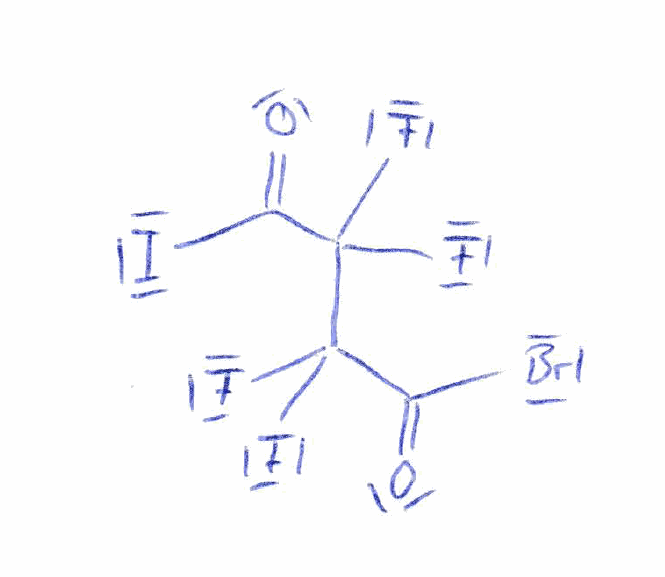
Simplified molecular-input line-entry system (SMILES) notation of the given molecule:
C(=O)(C(C(C(=O)I)(F)F)(F)F)Br